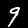
Label: 9